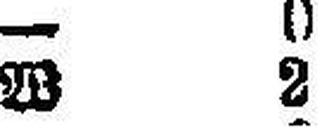
W 2